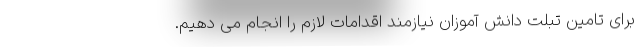
برای تامین تبلت دانش آموزان نیازمند اقدامات لازم را انجام می دهیم.